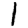
Digit: 1